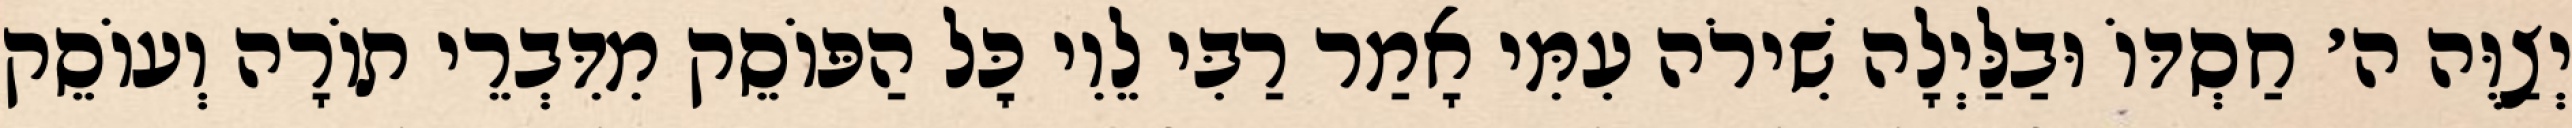
יְצַוֶּה ה׳ חַסְדּוֹ וּבַלַּיְלָה שִׁירֹה עִמִּי אָמַר רַבִּי לֵוִי כׇּל הַפּוֹסֵק מִדִּבְרֵי תוֹרָה וְעוֹסֵק